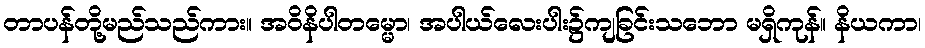
တာပန်တို့မည်သည်ကား။ အဝိနိပါတမ္မော၊ အပါယ်လေးပါး၌ကျခြင်းသဘော မရှိကုန်။ နိယကာ၊